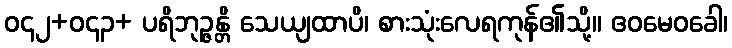
ဝ၄၂+ဝ၄၃+ ပရိဘုဉ္ဇန္တိ သေယျထာပိ၊ စားသုံးလေရကုန်၏သို့။ ဧဝမေဝခေါ၊